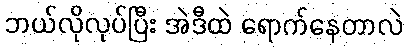
ဘယ်လိုလုပ်ပြီး အဲဒီထဲ ရောက်နေတာလဲ